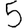
Digit: 5